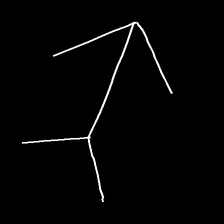
Glyph: gather